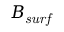
B _ { \it { s u r f } }